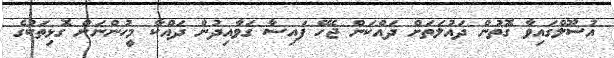
އުސޫލްގައިވާ ގޮތުން ދައުލަތަށް ދައްކަން ޖެހޭ ފައިސާ ގަވާއިދުން ދައްކާ މީހުންނަށް ގޮޅިތަކުގެ